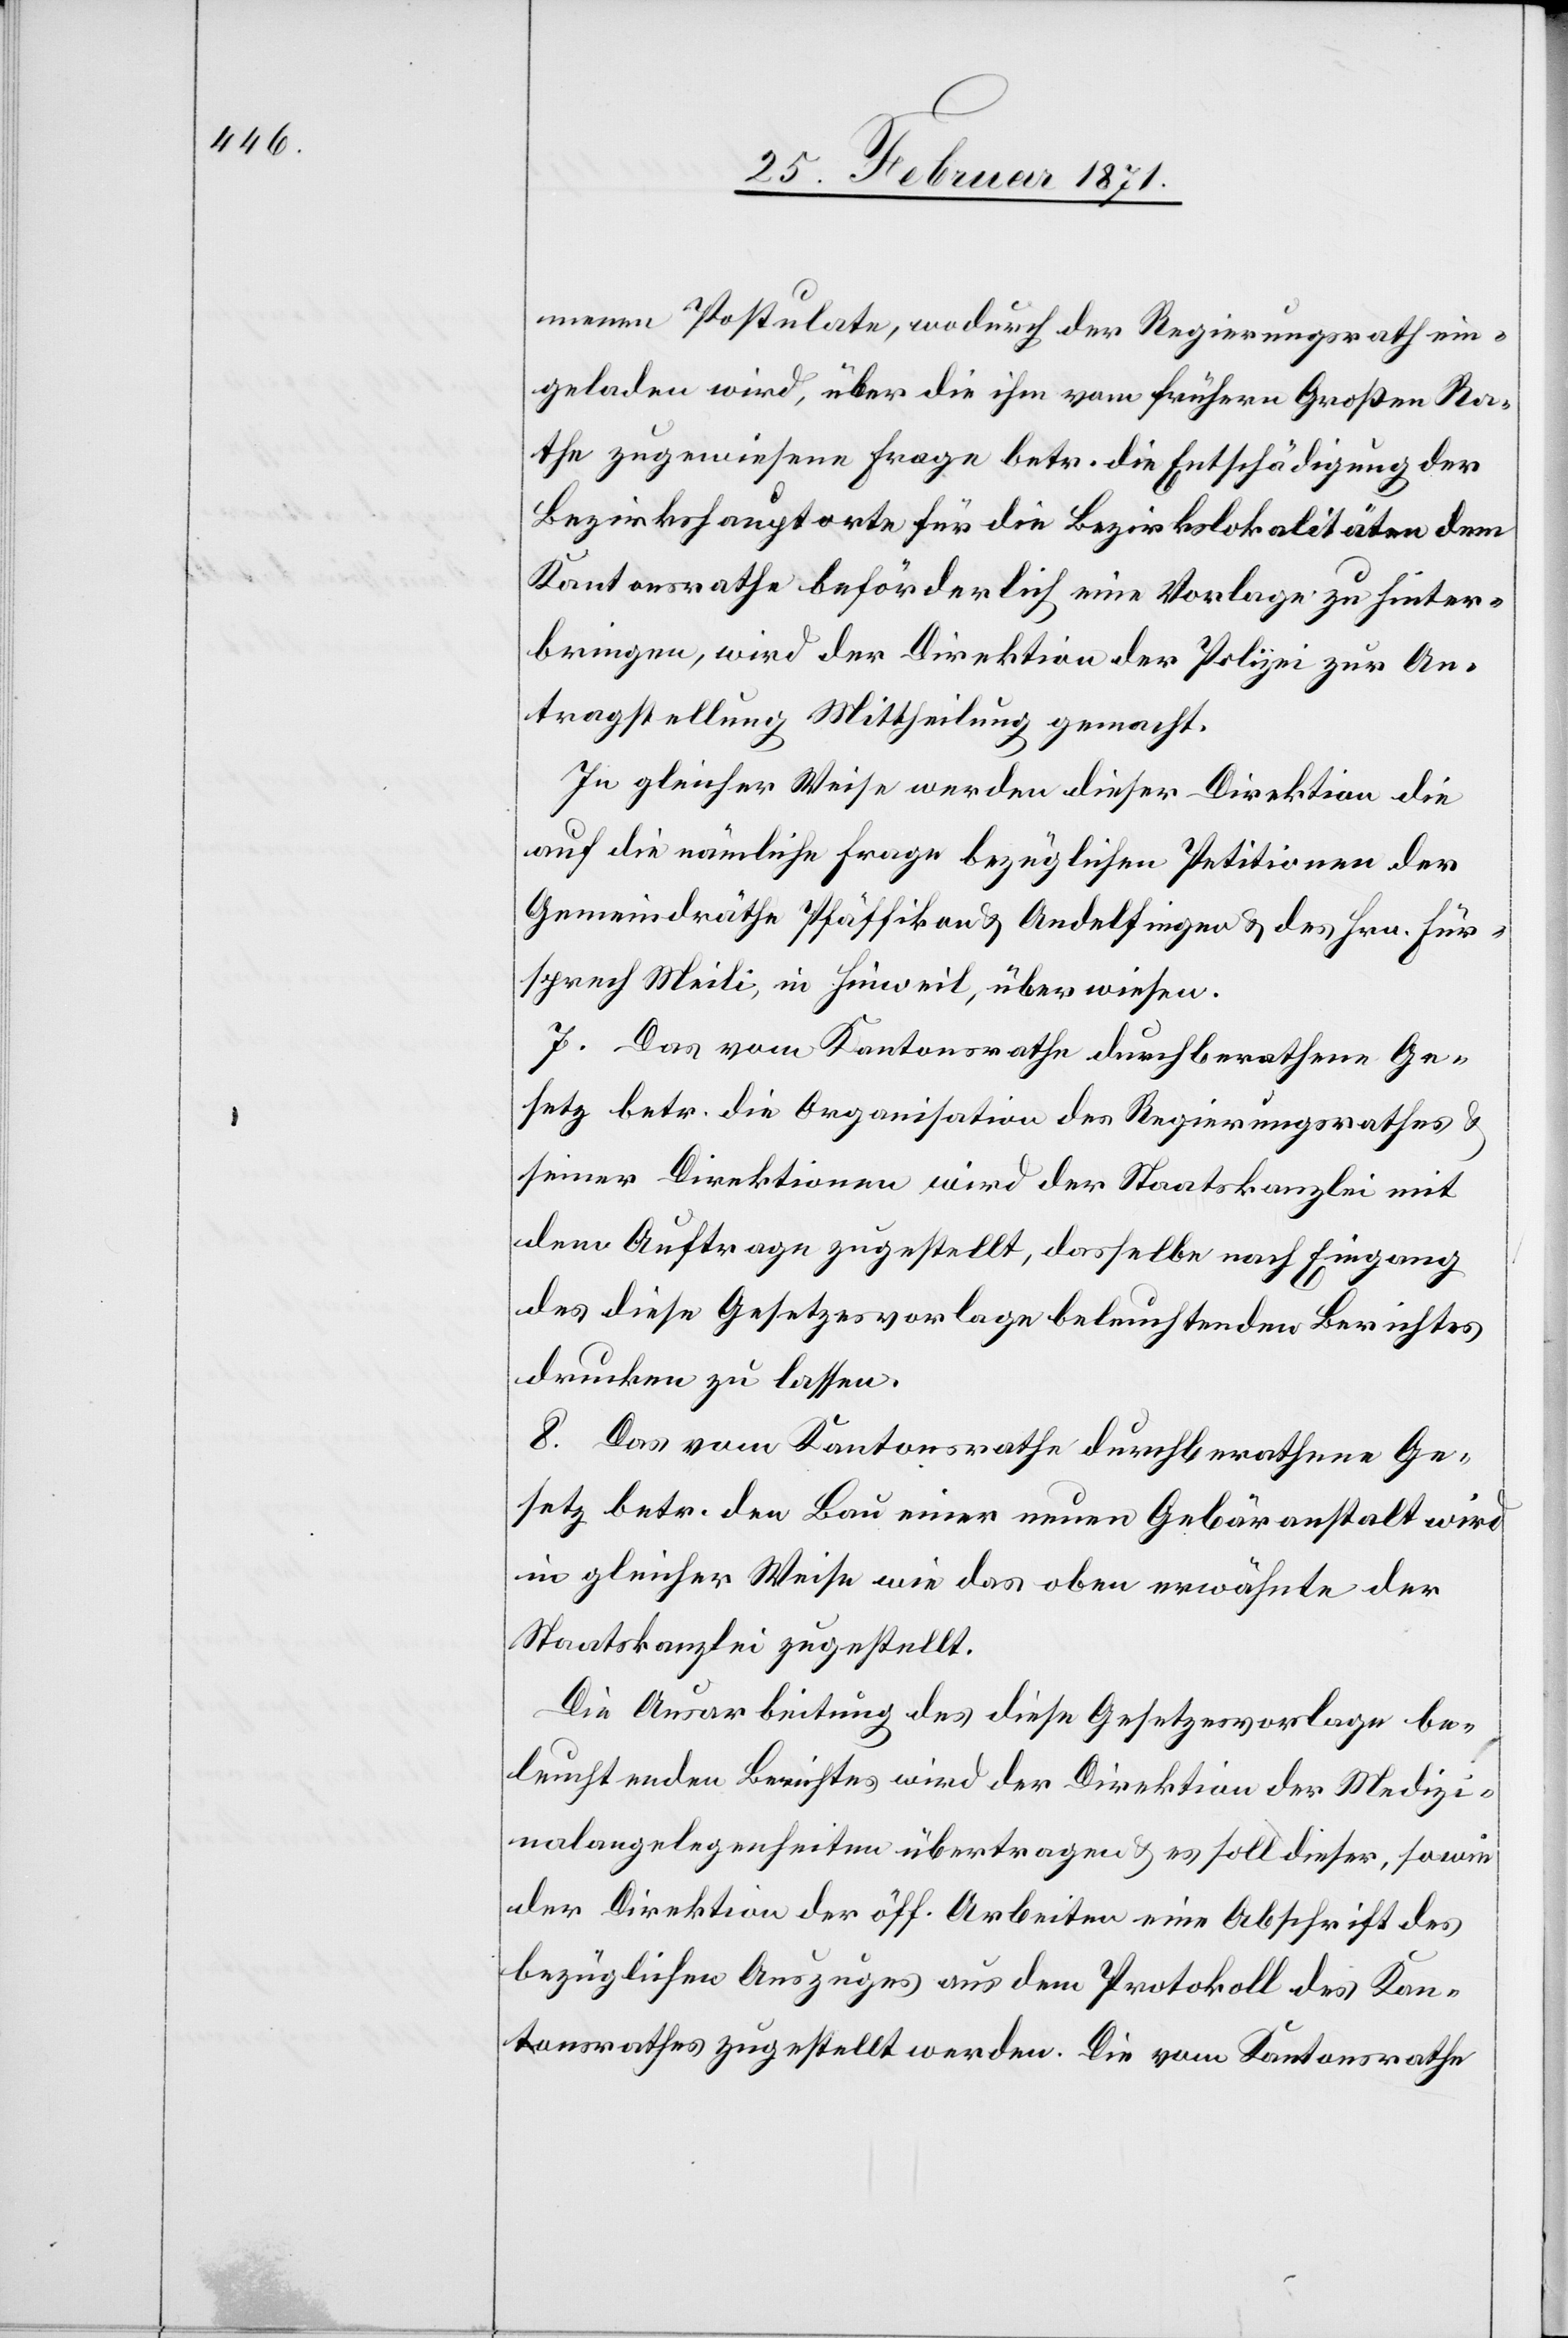
menen Postulate, wodurch der Regierungsrath ein¬
geladen wird, über die ihm vom frühern Großen Ra¬
the zugewiesene Frage betr. die Entschädigung der
Bezirkshauptorte für die Bezirkslokalitäten dem
Kantonsrathe beförderlich eine Vorlage zu hinter¬
bringen, wird der Direktion der Polizei zur An¬
tragstellung Mittheilung gemacht.
In gleicher Weise werden dieser Direktion die
auf die nämliche Frage bezüglichen Petitionen der
Gemeindräthe Pfäffikon u. Andelfingen u. des Hrn. Für¬
sprech Meili, in Hinweil, überwiesen.
7. Das vom Kantonsrath durchberathene Ge¬
setz betr. die Organisation des Regierungsrathes
seiner Direktion wird der Staatskanzlei mit
dem Auftrage zugestellt, dasselbe nach Eingang
des diese Gesetzesvorlage beleuchtenden Berichtes
drucken zu lassen.
8. Das vom Kantonsrathe durchberathene Ge¬
setz betr. den Bau einer neuen Gebäranstalt wird
in gleicher Weise wie das oben erwähnte der
Staatskanzlei zugestellt.
Die Ausarbeitung des diese Gesetzesvorlage be¬
leuchtenden Berichtes wird der Direktion der Medizi¬
nalangelegenheiten übertragen u. es soll dieser, sowie
der Direktion der öff. Arbeiten eine Abschrift des
bezüglichen Auszuges aus dem Protokoll des Kan¬
tonsrathes zugestellt werden. Die vom Kantonsrathe